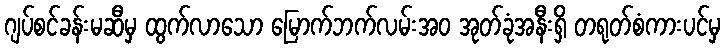
ဂျပ်စင်ခန်းမဆီမှ ထွက်လာသော မြောက်ဘက်လမ်းအဝ အုတ်ခုံအနီးရှိ တရုတ်စံကားပင်မှ